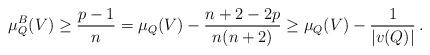
LaTeX: \begin{align*}\mu_Q^B(V) \ge \frac{p-1}{n} =\mu_Q(V)-\frac{n+2-2p}{n(n+2)} \ge \mu_Q(V) - \frac{1}{|v(Q)|}\, . \end{align*}